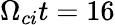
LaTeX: \Omega_{ci}t=16